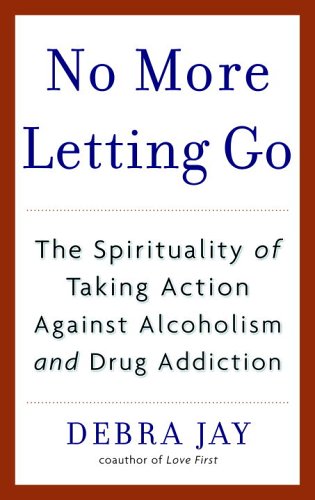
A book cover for No More Letting Go: The Spirituality of Taking Action Against Alcoholism and Drug Addiction; Debra Jay; Health, Fitness & Dieting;